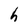
Character: h